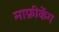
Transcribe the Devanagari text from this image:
माफ़ीकेंग